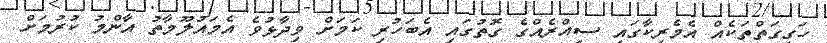
ހަގީގަތްތަކެއް އެމެރިކާގައި ސިއްރެއްގެ ގޮތުގައި އެބަހުރި ކަމަށް ވިދާޅުވެ އެމައުލޫމާތު އާންމު ކުރުމަށް